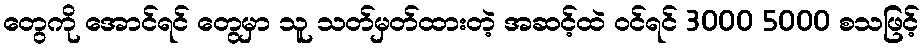
တွေကို အောင်ရင် တွေမှာ သူ သတ်မှတ်ထားတဲ့ အဆင့်ထဲ ဝင်ရင် 3000 5000 စသဖြင့်